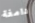
دامغة